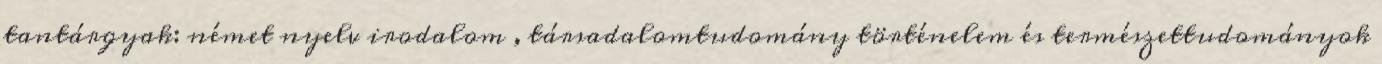
tantárgyak: német nyelv irodalom , társadalomtudomány történelem és természettudományok